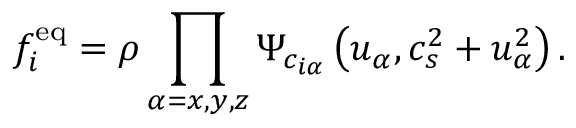
f _ { i } ^ { \mathrm { e q } } = \rho \prod _ { \alpha = x , y , z } \Psi _ { c _ { i \alpha } } \left( u _ { \alpha } , c _ { s } ^ { 2 } + u _ { \alpha } ^ { 2 } \right) .